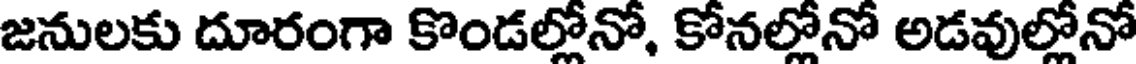
జనులకు దూరంగా కొండల్లోనో, కోనల్లోనో అడవుల్లోనో